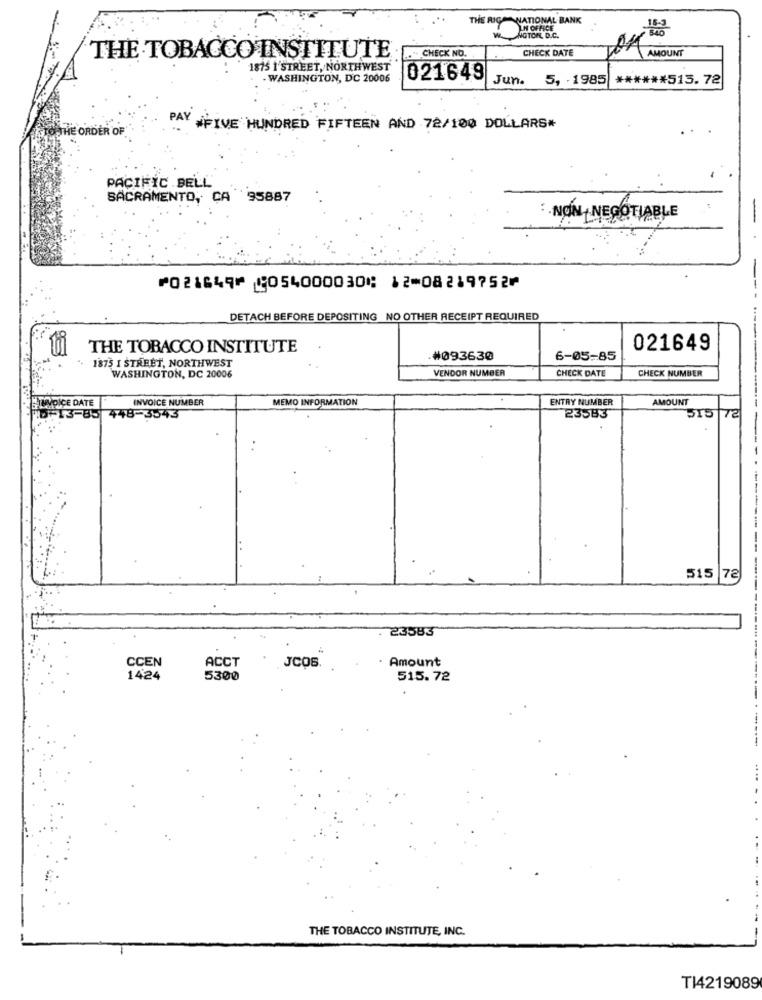
THE RIGH NATIONAL BANK
IN OFFICE
NGTON, D.C.
CHECK DATE
AMOUNT
THE TOBACCO INSTITUTE
." CHECK NO.
1875 1'STREET, NORTHWEST
. WASHINGTON, DC 20006
021649
Jun. 5, 1985
****** 513.72
TO THE ORDER OF
PAY WFIVE HUNDRED FIFTEEN AND 72/100 DOLLARS*
PACIFIC BELL'
SACRAMENTO, CA 95887
.NON NEGOTIABLE
⑈021649⑈ ⑆054000030⑆ 12⑉08219752⑈
DETACH BEFORE DEPOSITING NO OTHER RECEIPT REQUIRED
THE TOBACCO INSTITUTE
021649
.#093630
6-05-85
"- 1875 I STREET, NORTHWEST
VENDOR NUMBER
WASHINGTON, DC 20006
CHECK DATE
CHECK NUMBER
INVOICE NUMBER
MEMO INFORMATION
ENTRY NUMBER
AMOUNT
IÇE DATE
13-85 448-3543
23583
515
72
515 |72
23583
CCEN
ACCT
. Amount
JC05.
1424
5300
515.72
-
THE TOBACCO INSTITUTE, INC.
TI4219089